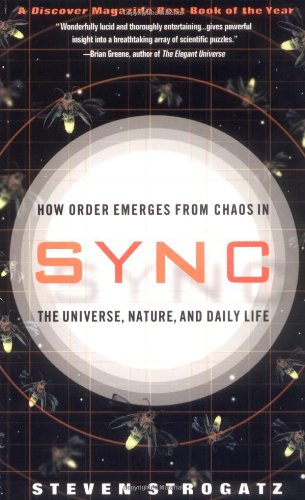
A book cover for Sync: How Order Emerges From Chaos In the Universe, Nature, and Daily Life; Steven H. Strogatz; Science & Math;